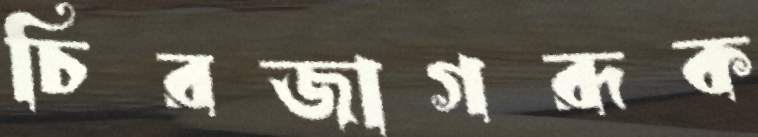
চিরজাগরূক